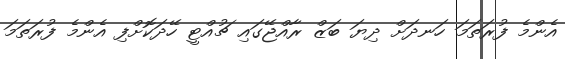
އެންމެ ފުރަތަމަ ހަނދަށް ދިޔަ ބަޒް ރާއްޖޭގައި ޗުއްޓީ ހޭދަކޮށްފި އެންމެ ފުރަތަމަ